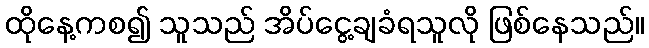
ထိုနေ့ကစ၍ သူသည် အိပ်ငွေ့ချခံရသူလို ဖြစ်နေသည်။